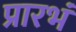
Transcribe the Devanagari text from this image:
प्रारभं